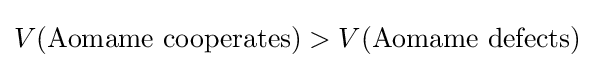
V({\text{Aomame cooperates}})>V({\text{Aomame defects}})